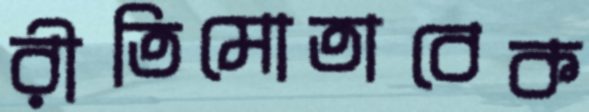
রীতিমোতাবেক